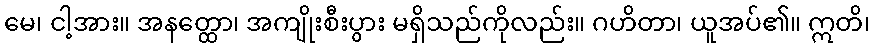
မေ၊ ငါ့အား။ အနတ္ထော၊ အကျိုးစီးပွား မရှိသည်ကိုလည်း။ ဂဟိတာ၊ ယူအပ်၏။ ဣတိ၊